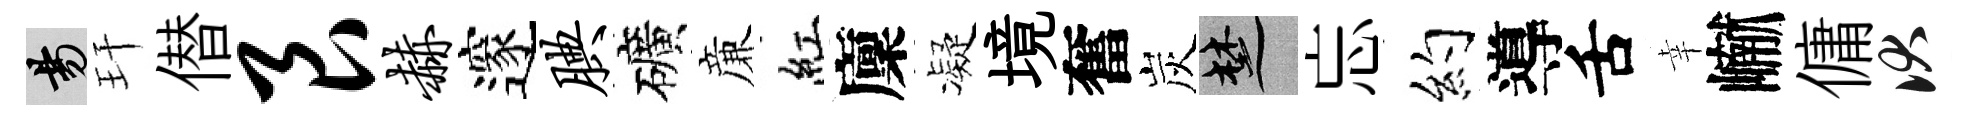
昜玕僣艮赫邃腆礦亷紅廩凝境奮炭楚忘约導舌幸𪩘傭伏